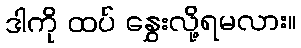
ဒါကို ထပ် နွှေးလို့ရမလား။